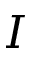
I